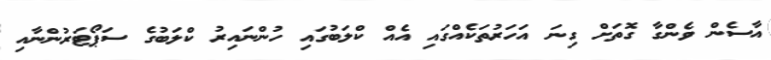
އާސެން ވެންގާ ގޮތަށް ގިނަ އަހަރުތަކެއްގައި އެއް ކްލަބުގައި ހުންނައިރު ކްލަބުގެ ސަޕޯޓަރުންނާއި